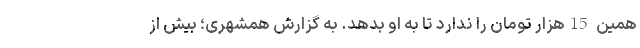
همین 15هزار تومان را ندارد تا به او بدهد. به گزارش همشهری؛ بیش از